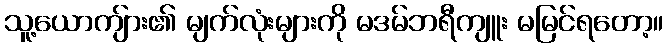
သူ့ယောကျ်ား၏ မျက်လုံးများကို မဒမ်ဘရီကျူး မမြင်ရတော့။